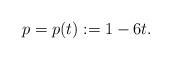
LaTeX: \begin{align*} p=p(t) := 1 - 6t. \end{align*}